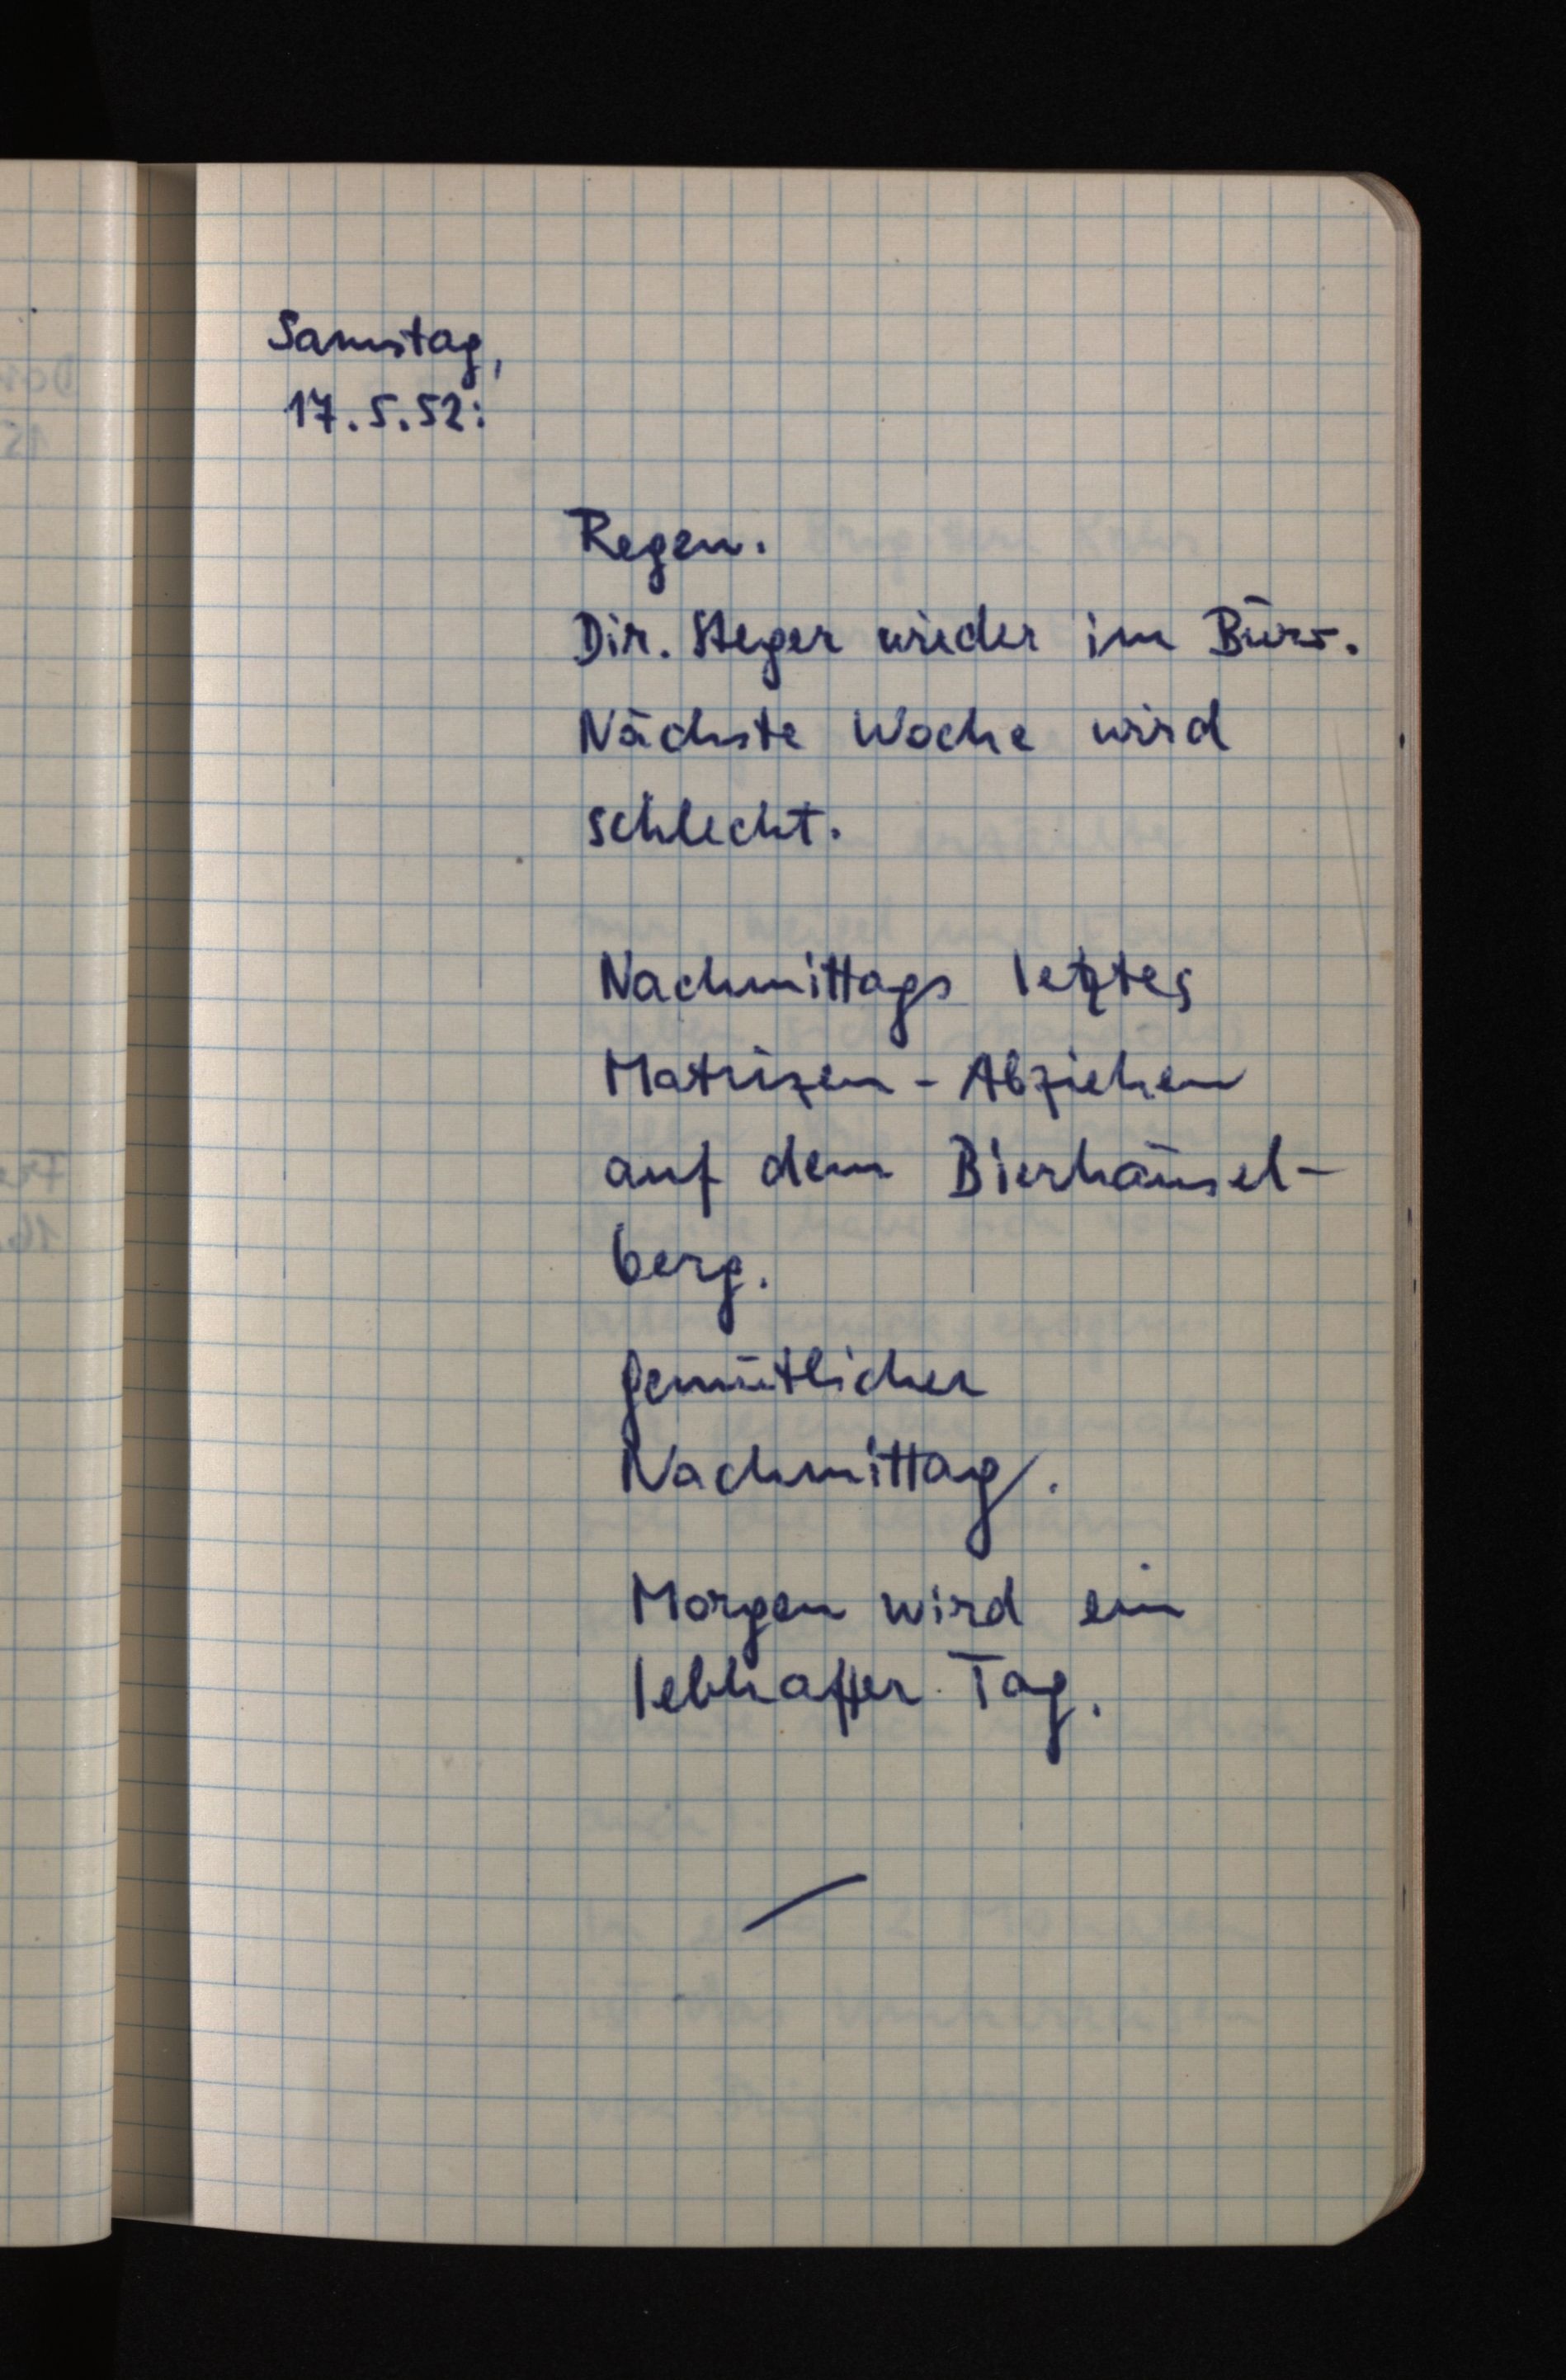
Samstag,
17.5.52:
Regen.
Dir. Steger wieder im Büro.
Nächste Woche wird
schlecht.
Nachmittags letztes
Matrizen-Abziehen
auf dem Bierhäusel¬
berg.
Gemütlicher
Nachmittag.
Morgen wird ein
lebhafter Tag.